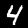
Digit: 4